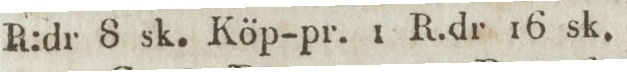
R:dr 8 sk. Köp-pr. 1 R.dr 16 sk.